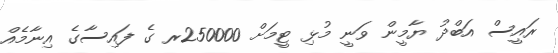
ރައީސް އަބްދު ޔާމީން ވަނީ މުޅި ޓީމަށް 250000ރ ގެ ފައިސާގެ އިނާމެއް